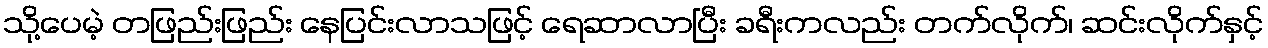
သို့ပေမဲ့ တဖြည်းဖြည်း နေပြင်းလာသဖြင့် ရေဆာလာပြီး ခရီးကလည်း တက်လိုက်၊ ဆင်းလိုက်နှင့်